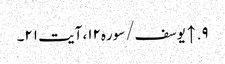
۹. ↑ یوسف/سوره۱۲، آیت ۲۱۔